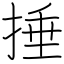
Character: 捶